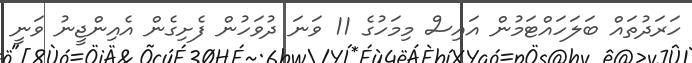
ހަރަދުތައް ބަލަހައްޓަމުން އައިސް މިމަހުގެ 11 ވަނަ ދުވަހުން ފެށިގެން އެއިންޖީނު ވަނީ